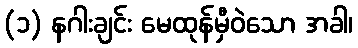
(၁) နဂါးချင်း မေထုန်မှီဝဲသော အခါ၊